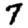
Digit: 7